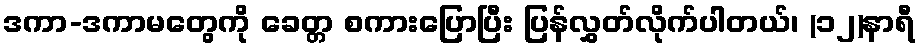
ဒကာ-ဒကာမတွေကို ခေတ္တ စကားပြောပြီး ပြန်လွှတ်လိုက်ပါတယ်၊ (၁၂)နာရီ